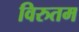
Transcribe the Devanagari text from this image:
विरुतम